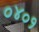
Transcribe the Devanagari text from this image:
०४०१